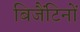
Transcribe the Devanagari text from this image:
बिजैंटिनों